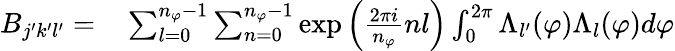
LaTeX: \begin{array}{rl}{B_{j^{\prime}k^{\prime}l^{\prime}}=}&{{}\sum_{l=0}^{n_{\varphi}-1}\sum_{n=0}^{n_{\varphi}-1}\exp{\left(\frac{2\pi i}{n_{\varphi}}nl\right)}\int_{0}^{2\pi}\Lambda_{l^{\prime}}(\varphi)\Lambda_{l}(\varphi)d\varphi}\end{array}